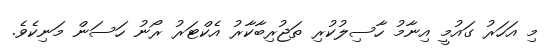
މި އަހަރު ގައުމީ އިނާމު ހާސިލުކުރި ތަޖުރިބާކާރު އެކްޓަރު ރޯނު ހަސަން މަނިކެވެ.